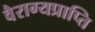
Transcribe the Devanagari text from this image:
वैराग्यप्राप्ति